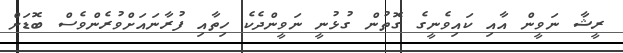
ރީޝާ ނަވީން އާއި ކައިވެނީގެ ގޮތުން ގުޅުނީ ނަވީންދެކެ ހިތާއި ފުރާނައަށްވުރެންވެސް ބޮޑަށް